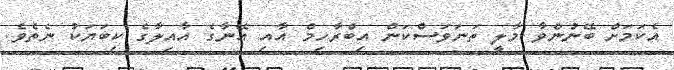
އެކަމަށް ބޭނުންވާ މާލީ ތަނަވަސްކަން އިބްރާހިމް އާއި އޭނާގެ އާއިލާގެ ކިބަޔަކު ނެތެވެ.